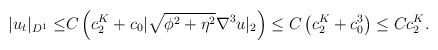
\begin{align*}|u_t|_{D^1}\leq& C\left(c^{K}_2+c_0|\sqrt{\phi^2+\eta^2} \nabla^3 u|_2\right)\leq C\left(c^{K}_2+c^3_0\right)\leq Cc^{K}_2.\end{align*}